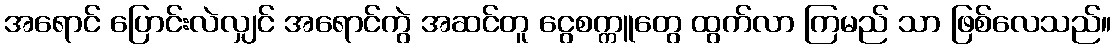
အရောင် ပြောင်းလဲလျှင် အရောင်ကွဲ အဆင်တူ ငွေစက္ကူတွေ ထွက်လာ ကြမည် သာ ဖြစ်လေသည်။